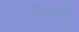
રોસની